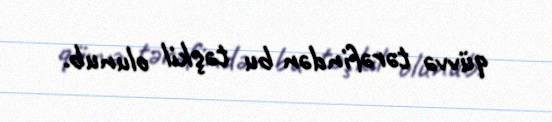
qüvvə tərəfindən bu təşkil olunub.